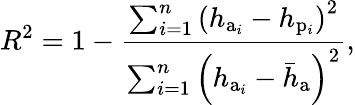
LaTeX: R^{2}=1-\frac{\sum_{i=1}^{n}{{{\left({{h_{\mathrm{a}_{i}}}-h_{\mathrm{p}_{i}}}\right)}^{2}}}}{\sum_{i=1}^{n}{{{\left({{h_{\mathrm{a}_{i}}}-{{\bar{h}}_{\mathrm{a}}}}\right)}^{2}}}},